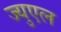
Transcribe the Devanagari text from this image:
ज्युएल